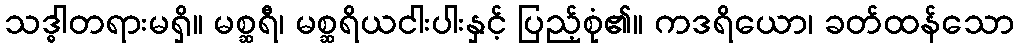
သဒ္ဓါတရားမရှိ။ မစ္ဆရီ၊ မစ္ဆရိယငါးပါးနှင့် ပြည့်စုံ၏။ ကဒရိယော၊ ခတ်ထန်သော